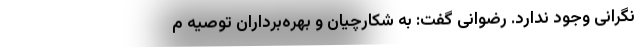
نگرانی وجود ندارد. رضوانی گفت: به شکارچیان و بهره‌برداران توصیه م